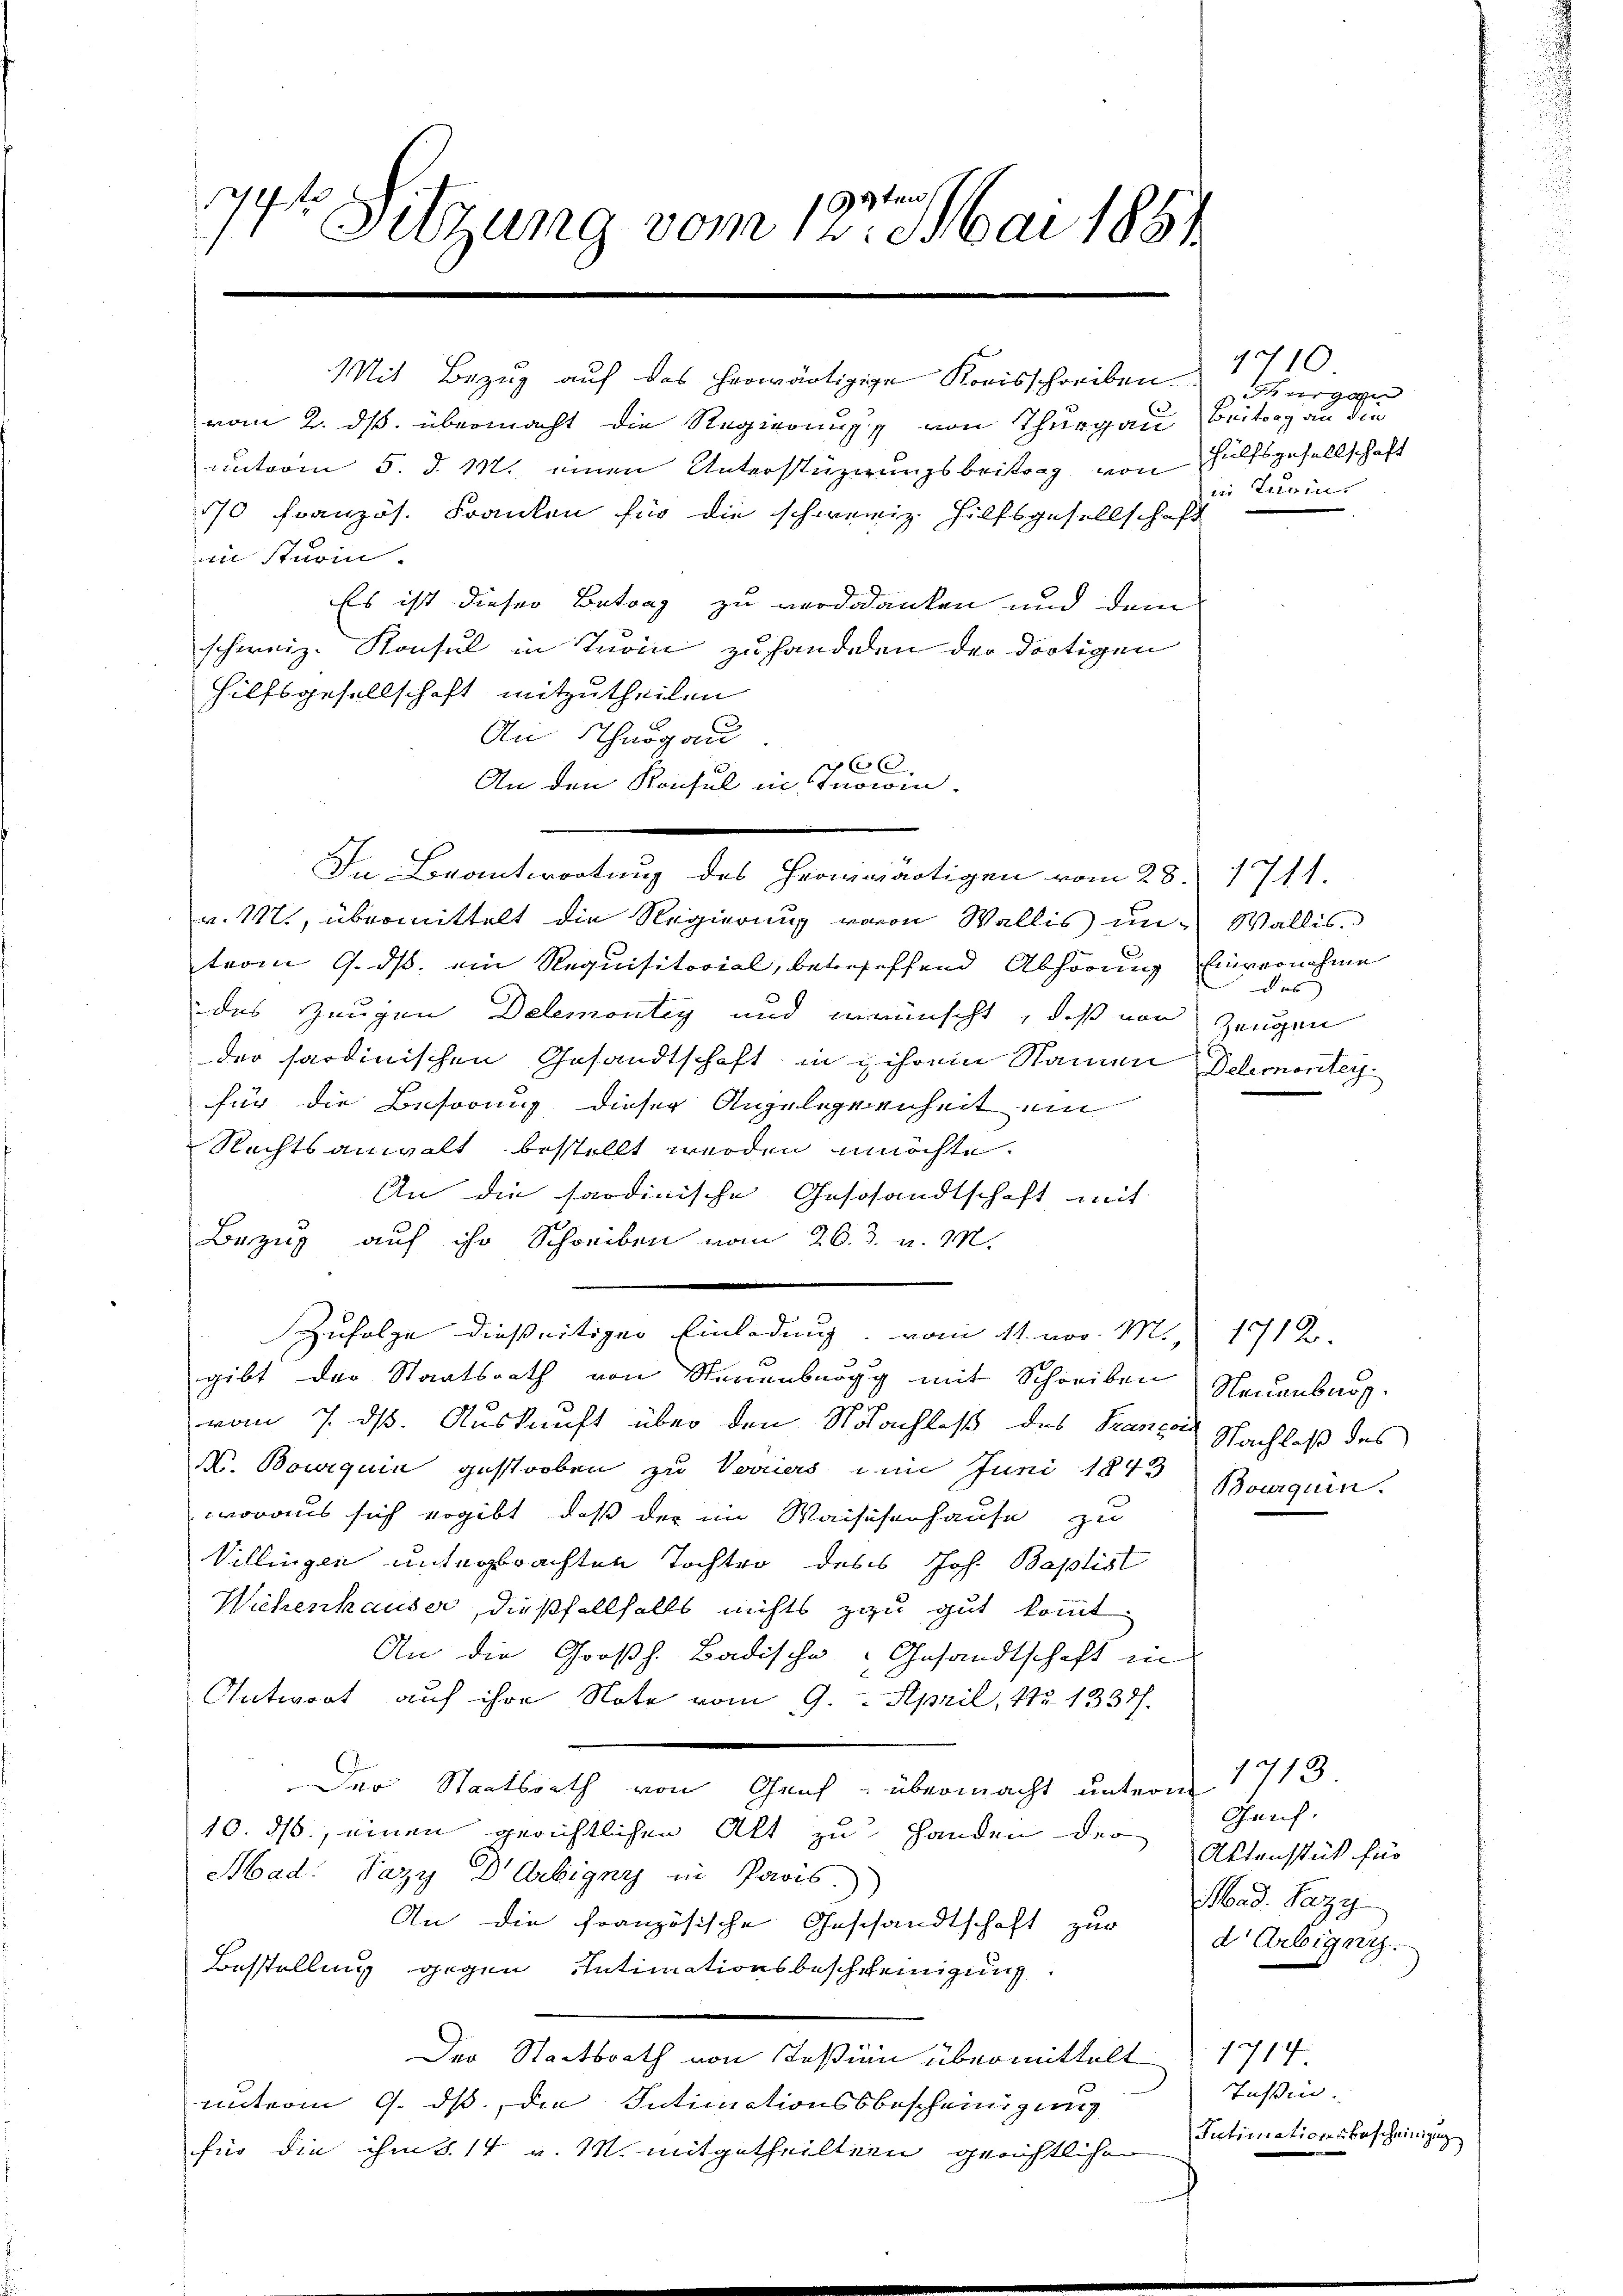
13ten
44
Sitzung vom 14. Mai 1851

vom 2. ds. übermacht die Regierung von Thurgau, Beitrag an die
unterm 5. d. M. einen Unterstüzerungsbeitrag von Hülfsgesellschaft
An Schurgau
An den Konsul in Inowin
m
In Beantwortung des Hermwärtigen vom 28. 1711.
v. 1871, übermittelt die Regierung voron Wallis un- Wallis.
term 9. ds. ein Requisitorial, bebeseffend Abhörung
des Zeugen Delemontey und wünscht, daß von Zeugen
der sardinischen Gesandtschaft in ihrem Namen Delemonteyfür die Besorung dieser Angelegenheit ein
Rechtsanwalt bestellt werden möchte.
An die sardinische Geschandtschaft mit
Bezug auf ihr Schreiben vom 20. d. v. M.
Zufolge dießseitiger Einladung, vom 11. vor. M., 1712.
gibt der Staatsrath von Steuenburg mit Schreiben Neuenbarg.
vom 7. ds. Auskunft über den Nachlaß des Prancoi
X. Bourquin gestorben zu Vorriers im Juni 1843
woraus sich ergibt, daß der im Waisesenhause zu
Villingen unterbrachten Tochter des Joh. Baptist
Wichenhauser, dießfallfalls nichts zu gut kommt.
An die Großh. Badische Gesandtschaft in
Antwort auf ihre Note vom 9. April, 12 1331.
Der Staatsrath von Genf, übermacht unterm 1713.
10. ds., einen gerichtlichen Alt zu Handen der
Mad: Pazy Dr Ebigny in Paris.
An die französische Geschandtschaft zur
Bestellung gegen Intimationsbeschreinigung
Der Staatsrath von Tessin übermittelt 1717
unterm 9. ds, die Intimationsbescheinigung
für die ihm S. 14 v. M. mitgetheilter gerichtlichen

Mit Bezug auf das herwärtigige Kreisschreiben

10 Französ. Franken für die schweiz. Hilfsgesellschaft
in Sturin.
Es ist dieser Betrag zu verdodanken und dem
schweiz. Konsul in Turin zu handeren der dortigen
Hilfsgesellschaft mitzutheilen

10 x

1710
hurga
in Turin

Einvernehme
das

Nachlaß des
Bourquin.

Garf.
Aktensstück für
Mad. Pazy
d Arbigen.

Teßin.
Intimationsbescheinigung